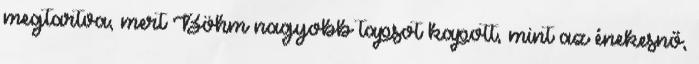
megtartva, mert Böhm nagyobb tapsot kapott, mint az énekesnő,